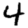
Digit: 4